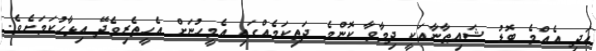
އަދި އެއްމެ ބޮޑު ޝައިޠާނާއަކީ ދިމާވާ ކޮންމެ ދަތިކަމެއްގައި އެމީހުނަށް އެހީތެރިވެދޭ އިޅާހުކަމަށެވެ.